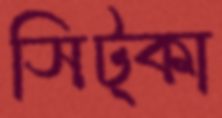
সিট্‌কা